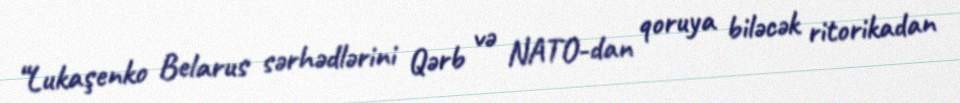
“Lukaşenko Belarus sərhədlərini Qərb və NATO-dan qoruya biləcək ritorikadan